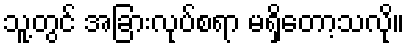
သူ့တွင် အခြားလုပ်စရာ မရှိတော့သလို။